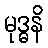
မုဒ္ဓနိ